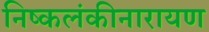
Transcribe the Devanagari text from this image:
निष्कलंकीनारायण